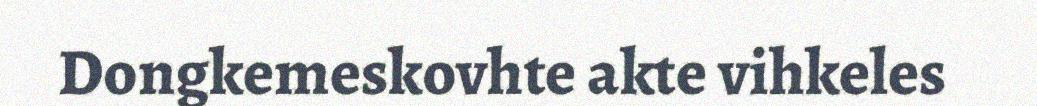
Dongkemeskovhte akte vihkeles